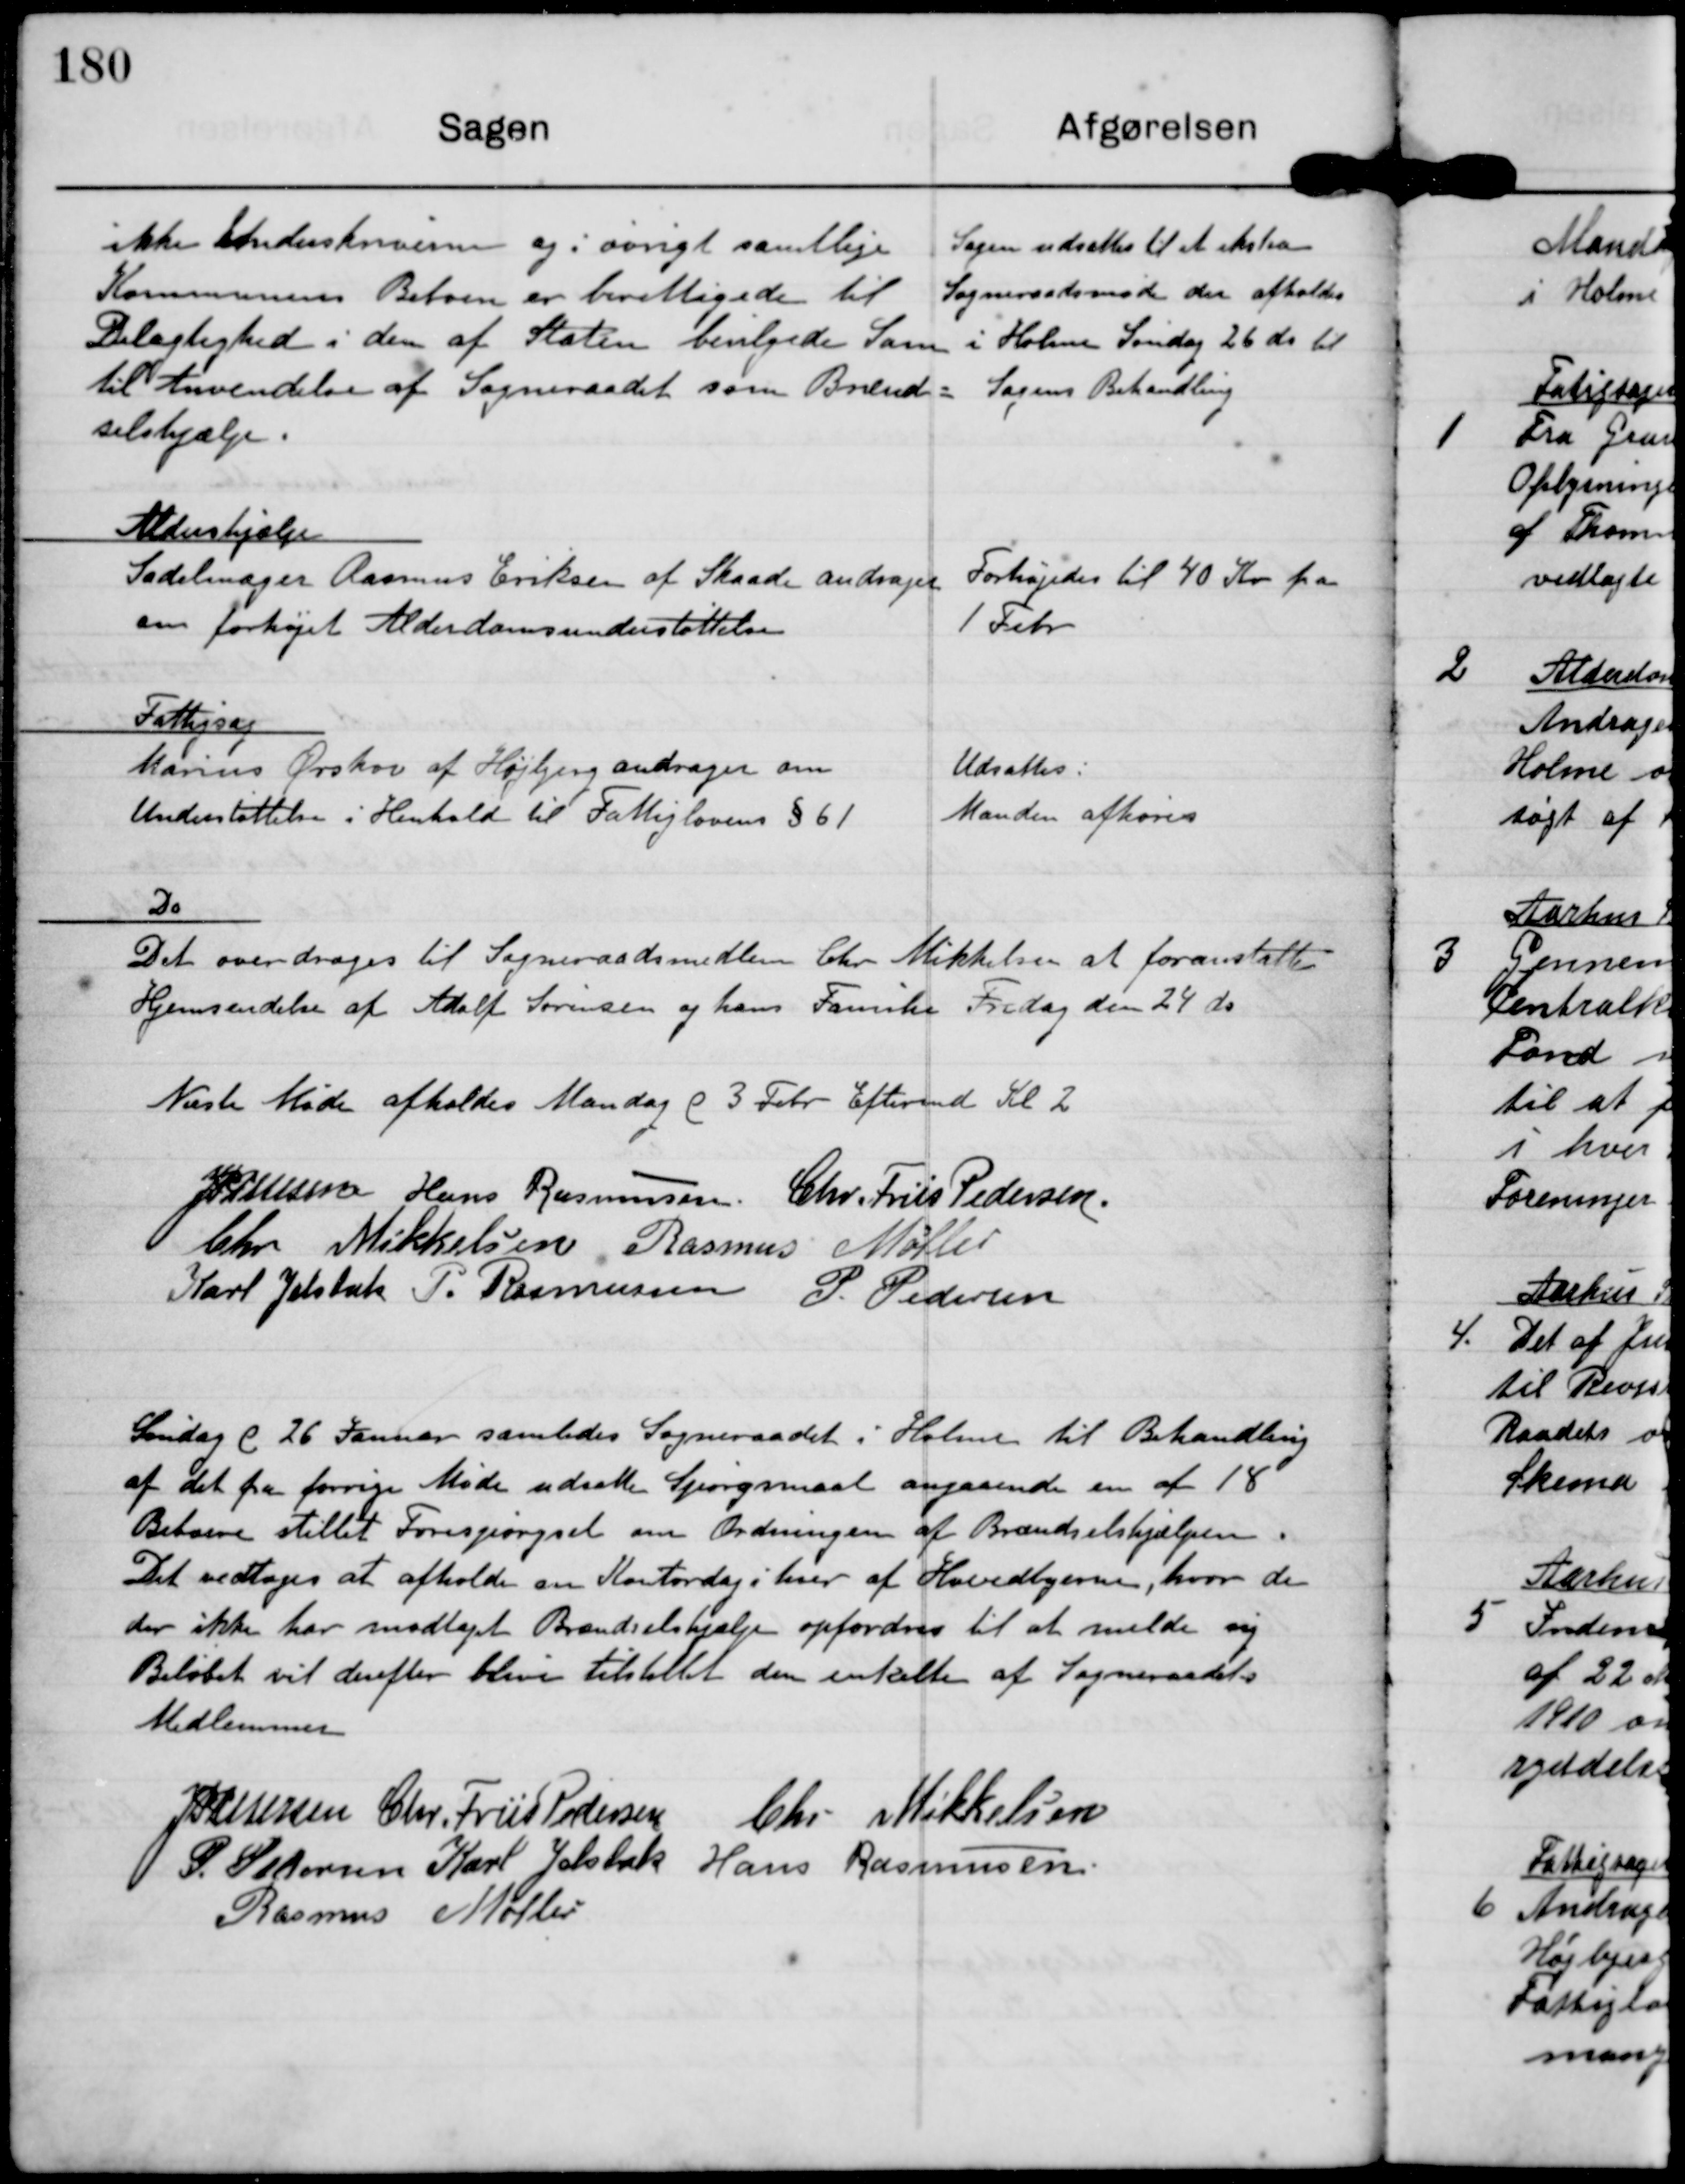
Transskription:
ikke Underskriverne og iøvrigt samtlige
Kommunens Beboere er berettigede til
Delagtighed i den af Staten bevilgede Sum
til Anvendelse af Sogneraadet som Brænd-
selshjælp.

Sagen udsattes til et ekstra
Sogneraadsmøde der afholdes
i Holme Søndag 26 ds til
Sagens Behandling

Aldershjælp
Sadelmager Rasmus Eriksen af Skaade andrager
om forhøjet Alderdomsunderstøttelse

Forhøjedes til 40 Kr fra
1 Febr.

Fattigsag
Marius Ørskov af Højbjerg andrager om
Understøttelse i Henhold til Fattiglovens § 61

Udsattes
Manden afhøres

Do
Det overdrages til Sogneraadsmedlem Chr Mikkelsen at foranstalte
Hjemsendelse af Adolf Sørensen og hans Familie Fredag den 24 ds.

Næste Møde afholdes Mandag d 3 Febr Eftermd Kl 2

J P Pedersen

Hans Rasmussen

Chr. Friis Pedersen

Chr Mikkelsen

Rasmus Møller

Karl Jelsbak

P. Rasmussen

P. Pedersen

Søndag d 26 Januar samledes Sogneraadet i Holme til Behandling
af det fra forrige Møde udsatte Spørgsmaal angaaende en af 18
Beboere stillet Forespørgsel om Ordningen af Brændselshjælpen.
Det vedtoges at afholde en Kontordag i hver af Hovedbyerne, hvor de
der ikke har modtaget Brændselshjælp opfordres til at melde sig.
Beløbet vil derefter blive tilstillet den omtalte af Sogneraadets
Medlemmer

J P Pedersen

Chr. Friis Pedersen

Chr Mikkelsen

P. Pedersen

Karl Jelsbak

Hans Rasmussen

Rasmus Møller